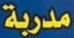
مدربة